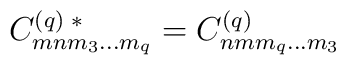
C^{(q) \;*}_{mnm_{3} \ldots m_{q}} = C^{(q)}_{nmm_{q} \ldots m_{3}}